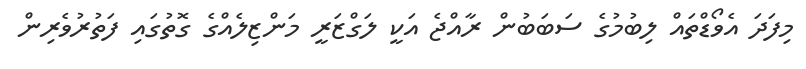
މިފަދަ އެވޯޑްތައް ލިބުމުގެ ސަބަބުން ރާއްޖެ އަކީ ލަގްޒަރީ މަންޒިލެއްގެ ގޮތުގައި ފަތުރުވެރިން